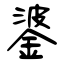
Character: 錃